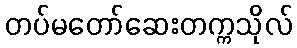
တပ်မတော်ဆေးတက္ကသိုလ်